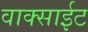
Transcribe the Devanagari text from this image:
वाक्साईट